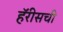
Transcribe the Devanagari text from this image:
हॅरीसची